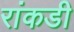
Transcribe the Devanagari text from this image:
रांकडी